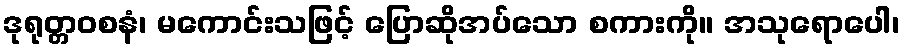
ဒုရုတ္တဝစနံ၊ မကောင်းသဖြင့် ပြောဆိုအပ်သော စကားကို။ အသုရောပေါ၊